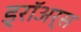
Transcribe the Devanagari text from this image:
ड्रॉअर्स